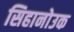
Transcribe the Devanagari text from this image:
सिहानोउक